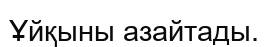
Ұйқыны азайтады.